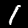
Digit: 1